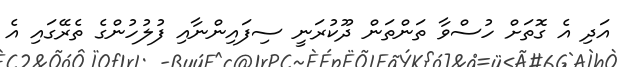
އަދި އެ ގޮތަށް ހުސްވާ ތަންތަން ދޫކުރަނީ ސިފައިންނާއި ފުލުހުންގެ ތެރޭގައި އެ